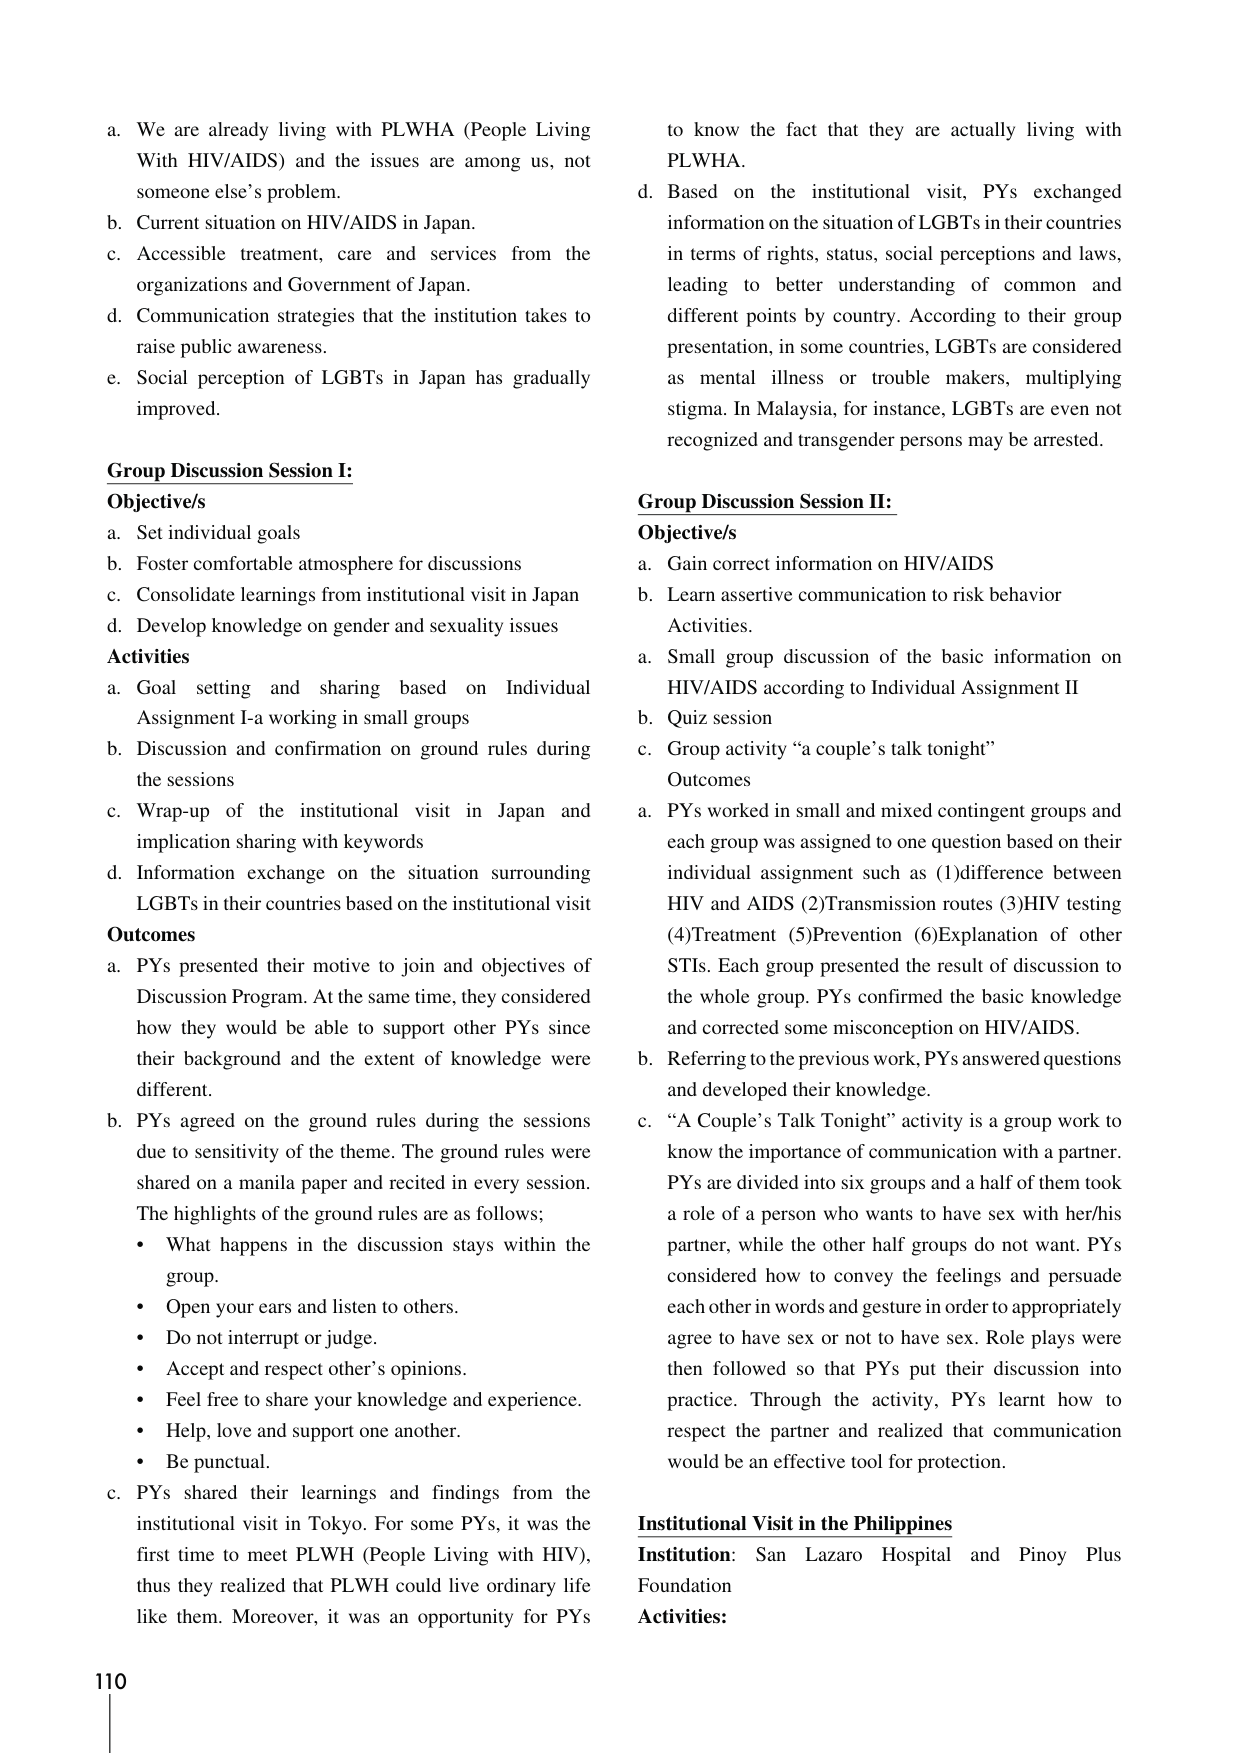
a. We are already living with PLWHA (People Living With HIV/AIDS) and the issues are among us, not someone else’s problem.
b. Current situation on HIV/AIDS in Japan.
c. Accessible treatment, care and services from the organizations and Government of Japan.
d. Communication strategies that the institution takes to raise public awareness.
e. Social perception of LGBTs in Japan has gradually improved.

Group Discussion Session I:
Objective/s
a. Set individual goals
b. Foster comfortable atmosphere for discussions
c. Consolidate learnings from institutional visit in Japan
d. Develop knowledge on gender and sexuality issues

Activities
a. Goal setting and sharing based on Individual Assignment I-a working in small groups
b. Discussion and confirmation on ground rules during the sessions
c. Wrap-up of the institutional visit in Japan and implication sharing with keywords
d. Information exchange on the situation surrounding LGBTs in their countries based on the institutional visit

Outcomes
a. PYs presented their motive to join and objectives of Discussion Program. At the same time, they considered how they would be able to support other PYs since their background and the extent of knowledge were different.
b. PYs agreed on the ground rules during the sessions due to sensitivity of the theme. The ground rules were shared on a manila paper and recited in every session. The highlights of the ground rules are as follows;
• What happens in the discussion stays within the group.
• Open your ears and listen to others.
• Do not interrupt or judge.
• Accept and respect other’s opinions.
• Feel free to share your knowledge and experience.
• Help, love and support one another.
• Be punctual.
c. PYs shared their learnings and findings from the institutional visit in Tokyo. For some PYs, it was the first time to meet PLWH (People Living with HIV), thus they realized that PLWH could live ordinary life like them. Moreover, it was an opportunity for PYs to know the fact that they are actually living with PLWHA.
d. Based on the institutional visit, PYs exchanged information on the situation of LGBTs in their countries in terms of rights, status, social perceptions and laws, leading to better understanding of common and different points by country. According to their group presentation, in some countries, LGBTs are considered as mental illness or trouble makers, multiplying stigma. In Malaysia, for instance, LGBTs are even not recognized and transgender persons may be arrested.

Group Discussion Session II:
Objective/s
a. Gain correct information on HIV/AIDS
b. Learn assertive communication to risk behavior

Activities.
a. Small group discussion of the basic information on HIV/AIDS according to Individual Assignment II
b. Quiz session
c. Group activity “a couple’s talk tonight”

Outcomes
a. PYs worked in small and mixed contingent groups and each group was assigned to one question based on their individual assignment such as (1) difference between HIV and AIDS (2) Transmission routes (3) HIV testing (4) Treatment (5) Prevention (6) Explanation of other STIs. Each group presented the result of discussion to the whole group. PYs confirmed the basic knowledge and corrected some misconception on HIV/AIDS.
b. Referring to the previous work, PYs answered questions and developed their knowledge.
c. “A Couple’s Talk Tonight” activity is a group work to know the importance of communication with a partner. PYs are divided into six groups and a half of them took a role of a person who wants to have sex with her/his partner, while the other half groups do not want. PYs considered how to convey the feelings and persuade each other in words and gesture in order to appropriately agree to have sex or not to have sex. Role plays were then followed so that PYs put their discussion into practice. Through the activity, PYs learnt how to respect the partner and realized that communication would be an effective tool for protection.

Institutional Visit in the Philippines
Institution: San Lazaro Hospital and Pinoy Plus Foundation
Activities:

110